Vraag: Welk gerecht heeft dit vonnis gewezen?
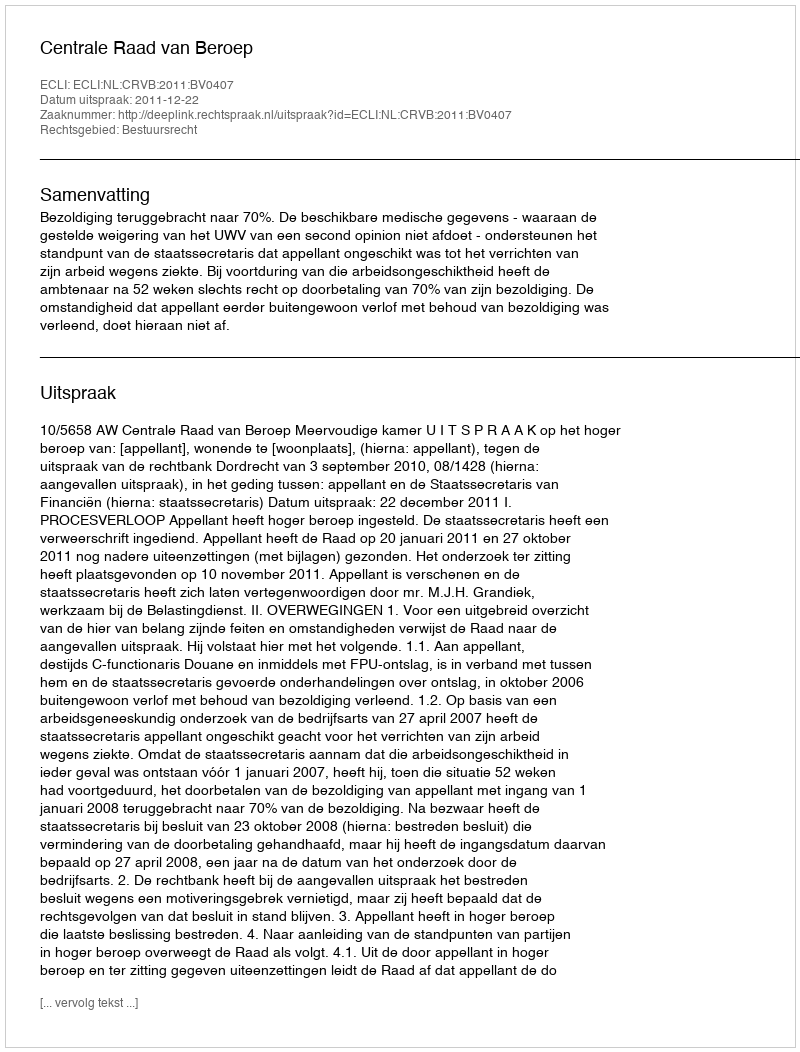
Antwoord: Centrale Raad van Beroep